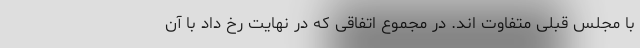
با مجلس قبلی متفاوت اند. در مجموع اتفاقی که در نهایت رخ داد با آن